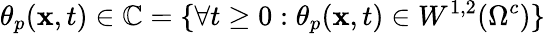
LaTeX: \theta_{p}(\mathbf{x},t)\in\mathbb{C}=\lbrace\forall t\geq 0:\theta_{p}(\mathbf{x},t)\in W^{1,2}(\Omega^{c})\rbrace